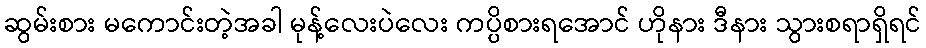
ဆွမ်းစား မကောင်းတဲ့အခါ မုန့်လေးပဲလေး ကပ္ပိစားရအောင် ဟိုနား ဒီနား သွားစရာရှိရင်